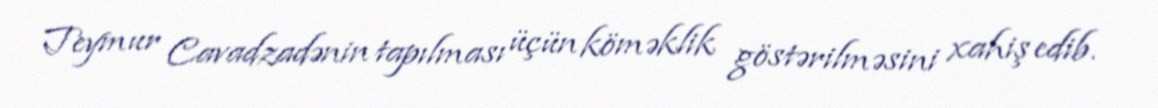
Teymur Cavadzadənin tapılması üçün köməklik göstərilməsini xahiş edib.